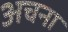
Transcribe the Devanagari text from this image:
अचना